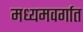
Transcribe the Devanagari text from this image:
मध्यमवर्गात